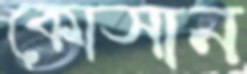
কোসান